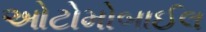
ઓટોમોબાઈલ